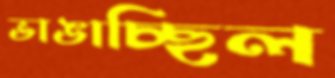
ভাঙাচ্ছিল